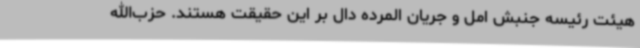
هیئت رئیسه جنبش امل و جریان المرده دال بر این حقیقت هستند. حزب‌الله